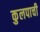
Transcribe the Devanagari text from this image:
कुलपाची